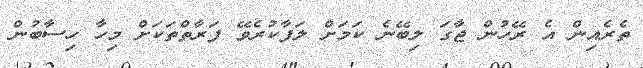
ތެރެއިން އެ ރޭހުން ޖާގަ ލިބޭނެ ކަމަށް ލަފާކުރެވޭ ފަރާތްތަކަށް މިހާ ހިސާބުން